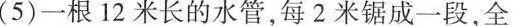
(5) 一根12米长的水管，每2米锯成一段，全